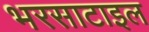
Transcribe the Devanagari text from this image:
भरसाटाइल